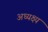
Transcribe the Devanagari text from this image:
अध्यक्ष्य